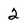
Character: 2